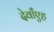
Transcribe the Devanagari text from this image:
देवाँएह